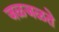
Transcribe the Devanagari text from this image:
जळजळते